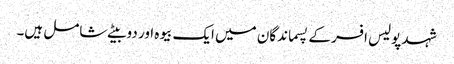
شہد پولیس افسر کے پسماندگان میں ایک بیوہ اور دو بیٹے شامل ہیں۔